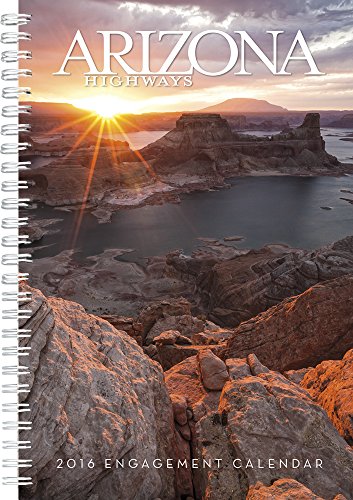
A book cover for Arizona Highways 2016 Engagement Calendar; Arizona Highways; Calendars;